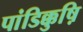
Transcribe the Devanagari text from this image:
पांडिक्कुष़ि